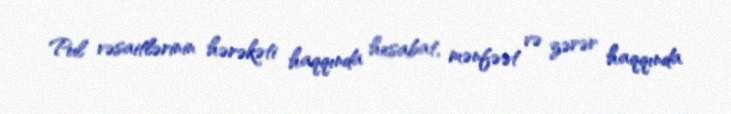
Pul vəsaitlərinin hərəkəti haqqında hesabat, mənfəət və zərər haqqında